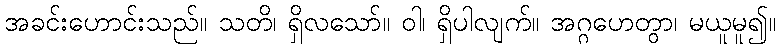
အခင်းဟောင်းသည်။ သတိ၊ ရှိလသော်။ ဝါ၊ ရှိပါလျက်။ အဂ္ဂဟေတွာ၊ မယူမူ၍။